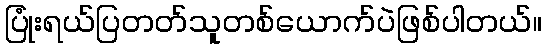
ပြုံးရယ်ပြတတ်သူတစ်ယောက်ပဲဖြစ်ပါတယ်။